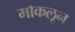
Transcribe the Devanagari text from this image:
मोकलून